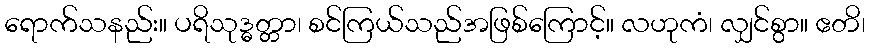
ရောက်သနည်း။ ပရိသုဒ္ဓတ္တာ၊ စင်ကြယ်သည်အဖြစ်ကြောင့်။ လဟုကံ၊ လျှင်စွာ။ ဧတိ၊